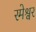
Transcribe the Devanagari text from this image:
रमेश्वर